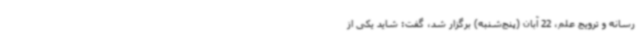
رسانه و ترویج علم، 22 آبان (پنج‌شنبه) برگزار شد، گفت: شاید یکی از